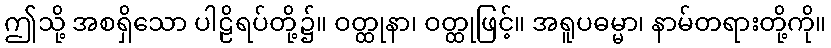
ဤသို့ အစရှိသော ပါဠိရပ်တို့၌။ ဝတ္ထုနာ၊ ဝတ္ထုဖြင့်။ အရူပဓမ္မာ၊ နာမ်တရားတို့ကို။